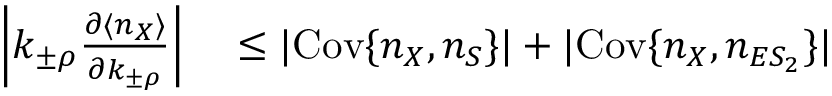
\begin{array} { r l } { \left| k _ { \pm \rho } \frac { \partial \langle n _ { X } \rangle } { \partial k _ { \pm \rho } } \right| } & { { } \leq | \mathrm { C o v } \{ n _ { X } , n _ { S } \} | + | \mathrm { C o v } \{ n _ { X } , n _ { E S _ { 2 } } \} | } \end{array}